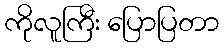
ကိုလူကြီး ပြောပြတာ